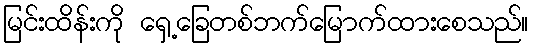
မြင်းထိန်းကို ရှေ့ခြေတစ်ဘက်မြောက်ထားစေသည်။